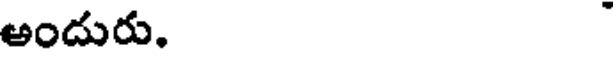
అందురు.